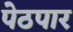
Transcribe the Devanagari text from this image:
पेठपार